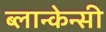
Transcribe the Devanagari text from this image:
ब्लान्केन्सी